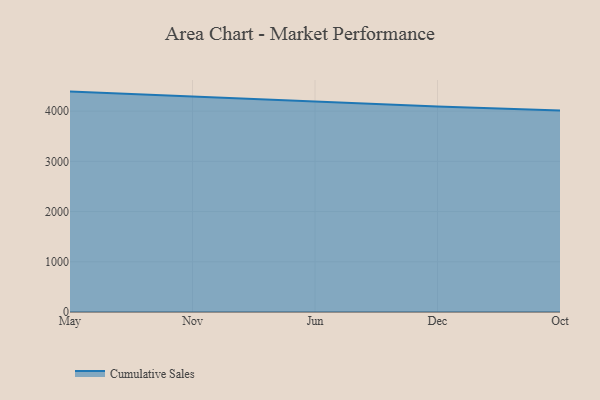
{"axis": {"x": "Month", "y": "Revenue (USD Million)"}, "legend": ["Cumulative Sales"], "data": [{"x": "May", "y": 4388.5, "type": "Cumulative Sales"}, {"x": "Nov", "y": 4291.6, "type": "Cumulative Sales"}, {"x": "Jun", "y": 4183.1, "type": "Cumulative Sales"}, {"x": "Dec", "y": 4090.2, "type": "Cumulative Sales"}, {"x": "Oct", "y": 4013.0, "type": "Cumulative Sales"}]}